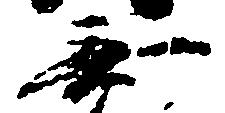
無